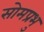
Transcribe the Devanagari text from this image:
सोमप्रभु